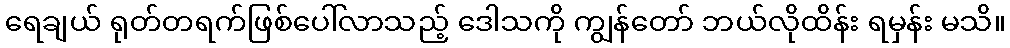
ရေချယ် ရုတ်တရက်ဖြစ်ပေါ်လာသည့် ဒေါသကို ကျွန်တော် ဘယ်လိုထိန်း ရမှန်း မသိ။